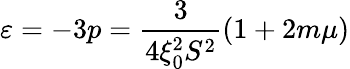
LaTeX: \varepsilon=-3p=\frac{3}{4\xi_{0}^{2}S^{2}}(1+2m\mu)